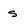
Character: s